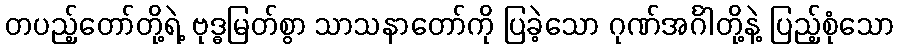
တပည့်တော်တို့ရဲ့ ဗုဒ္ဓမြတ်စွာ သာသနာတော်ကို ပြခဲ့သော ဂုဏ်အင်္ဂါတို့နဲ့ ပြည့်စုံသော